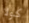
كولا